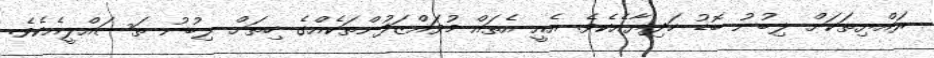
ރައްޔިތަކަށް ލިބުނު ބޮޑު ހަދިޔާއެކެވެ. އެއީ އެތައް މުވައްޒަފުންތަކެއްގެ ހިތަށް ލިބުނު ތަސައްލީއެކެވެ.